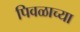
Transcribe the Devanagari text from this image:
पिवळाच्या